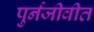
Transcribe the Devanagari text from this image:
पुर्नजीवीत